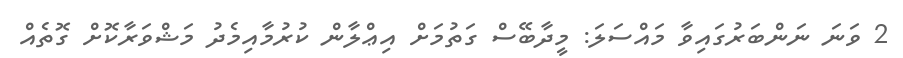
2 ވަނަ ނަންބަރުގައިވާ މައްސަލަ: މީދާބޭސް ގަތުމަށް އިޢްލާން ކުރުމާއިމެދު މަޝްވަރާކޮށް ގޮތެއް